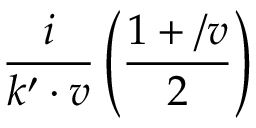
{ \frac { i } { k ^ { \prime } \cdot v } } \left( { \frac { 1 + \slash v } { 2 } } \right)